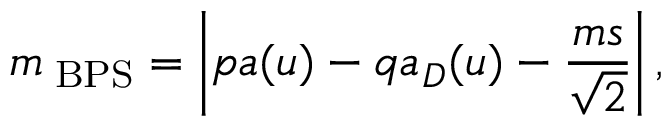
m _ { \mathrm { { \tiny ~ B P S } } } = \left| p a ( u ) - q a _ { D } ( u ) - \frac { m s } { \sqrt { 2 } } \right| ,